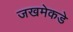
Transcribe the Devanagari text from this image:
जखमेकडे